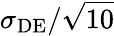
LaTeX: \sigma_{\mathrm{DE}}/\sqrt{10}